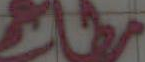
مطاف